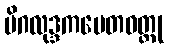
မိဂလုဒ္ဒကပေတဝတ္ထု